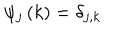
\psi _ { j } \left( k \right) = \delta _ { j , k }